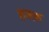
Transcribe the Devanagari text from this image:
हक्क़